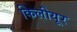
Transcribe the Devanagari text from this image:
किलीयूर